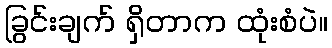
ခြွင်းချက် ရှိတာက ထုံးစံပဲ။